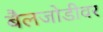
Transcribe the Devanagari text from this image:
बैलजोडीवर